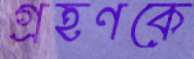
গ্রহণকে